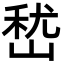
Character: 嵆